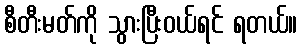
စီတီးမတ်ကို သွားပြီးဝယ်ရင် ရတယ်။